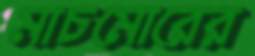
মাচমোরের